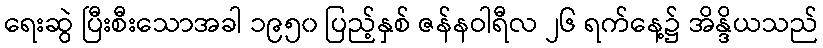
ရေးဆွဲ ပြီးစီးသောအခါ ၁၉၅၀ ပြည့်နှစ် ဇန်နဝါရီလ ၂၆ ရက်နေ့၌ အိန္ဒိယသည်